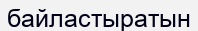
байластыратын